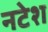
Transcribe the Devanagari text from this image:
नटेश